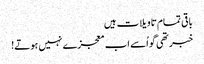
باقی تمام تاویلات ہیں
خبر تھی گو اُسے اب معجزے نہیں ہوتے!